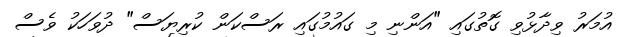
އުމަރު ވިދާޅުވި ގޮތުގައި "އަންނި މި ގައުމުގައި ރަސްކަން ކުރިޔަސް" ދުވަހަކު ވެސް